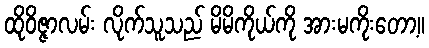
ထိုဝိဇ္ဇာလမ်း လိုက်သူသည် မိမိကိုယ်ကို အားမကိုးတော့။